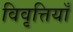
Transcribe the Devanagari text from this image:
विवृत्तियाँ